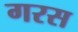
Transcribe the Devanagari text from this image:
गरस